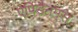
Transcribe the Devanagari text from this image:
एपिडैनमस